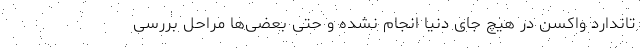
تاندارد واکسن در هیچ جای دنیا انجام نشده و حتی بعضی‌ها مراحل بررسی